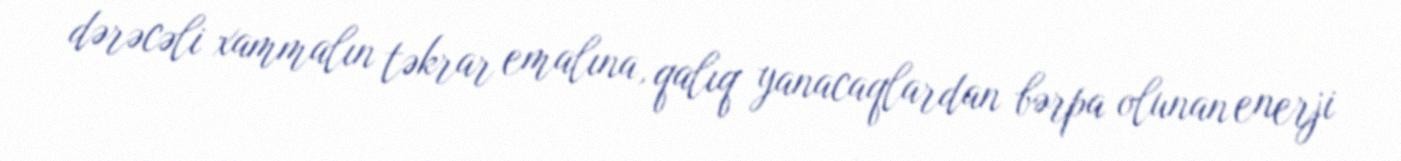
dərəcəli xammalın təkrar emalına, qalıq yanacaqlardan bərpa olunan enerji